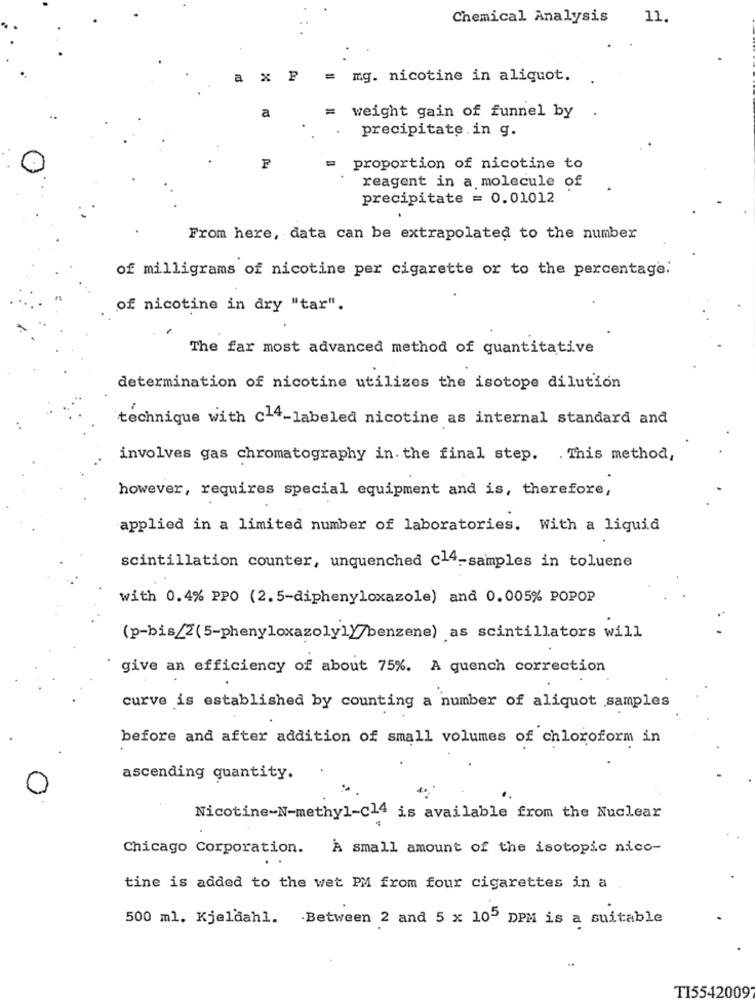
Chemical Analysis
11.
a x p
mg. nicotine in aliquot.
a
weight gain of funnel by
precipitate in g.
P
proportion of nicotine to
reagent in a molecule of
precipitate = 0.01012
From here, data can be extrapolated to the number
of milligrams of nicotine per cigarette or to the percentage.
of nicotine in dry "tar".
The far most advanced method of quantitative
determination of nicotine utilizes the isotope dilution
technique with c14-labeled nicotine as internal standard and
involves gas chromatography in. the final step. . This method,
however, requires special equipment and is, therefore,
applied in a limited number of laboratories. With a liquid
scintillation counter, unquenched c14-samples in toluene
with 0.4% PPO (2.5-diphenyloxazole) and 0.005% POPOP
(p-bis/2(5-phenyloxazolyly/benzene) as scintillators will
give an efficiency of about 75%. A quench correction
curve is established by counting a number of aliquot samples
before and after addition of small volumes of chloroform in
ascending quantity.
Nicotine-N-methyl-c14 is available from the Nuclear
Chicago Corporation. A small amount of the isotopic nico-
tine is added to the wet PM from four cigarettes in a
500 ml. Kjeldahl. Between 2 and 5 x 105 DPM is a suitable
-.
TI5542009